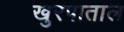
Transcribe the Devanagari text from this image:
खुरपाताल